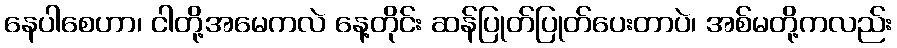
နေပါစေဟာ၊ ငါတို့အမေကလဲ နေ့တိုင်း ဆန်ပြုတ်ပြုတ်ပေးတာပဲ၊ အစ်မတို့ကလည်း